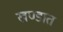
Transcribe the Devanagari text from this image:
खण्डात